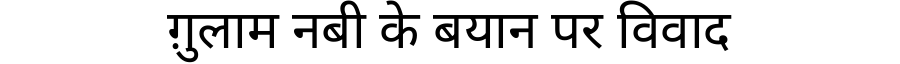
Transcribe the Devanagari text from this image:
ग़ुलाम नबी के बयान पर विवाद